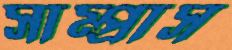
সাম্প্রাস